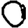
Digit: 0